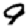
Digit: 9